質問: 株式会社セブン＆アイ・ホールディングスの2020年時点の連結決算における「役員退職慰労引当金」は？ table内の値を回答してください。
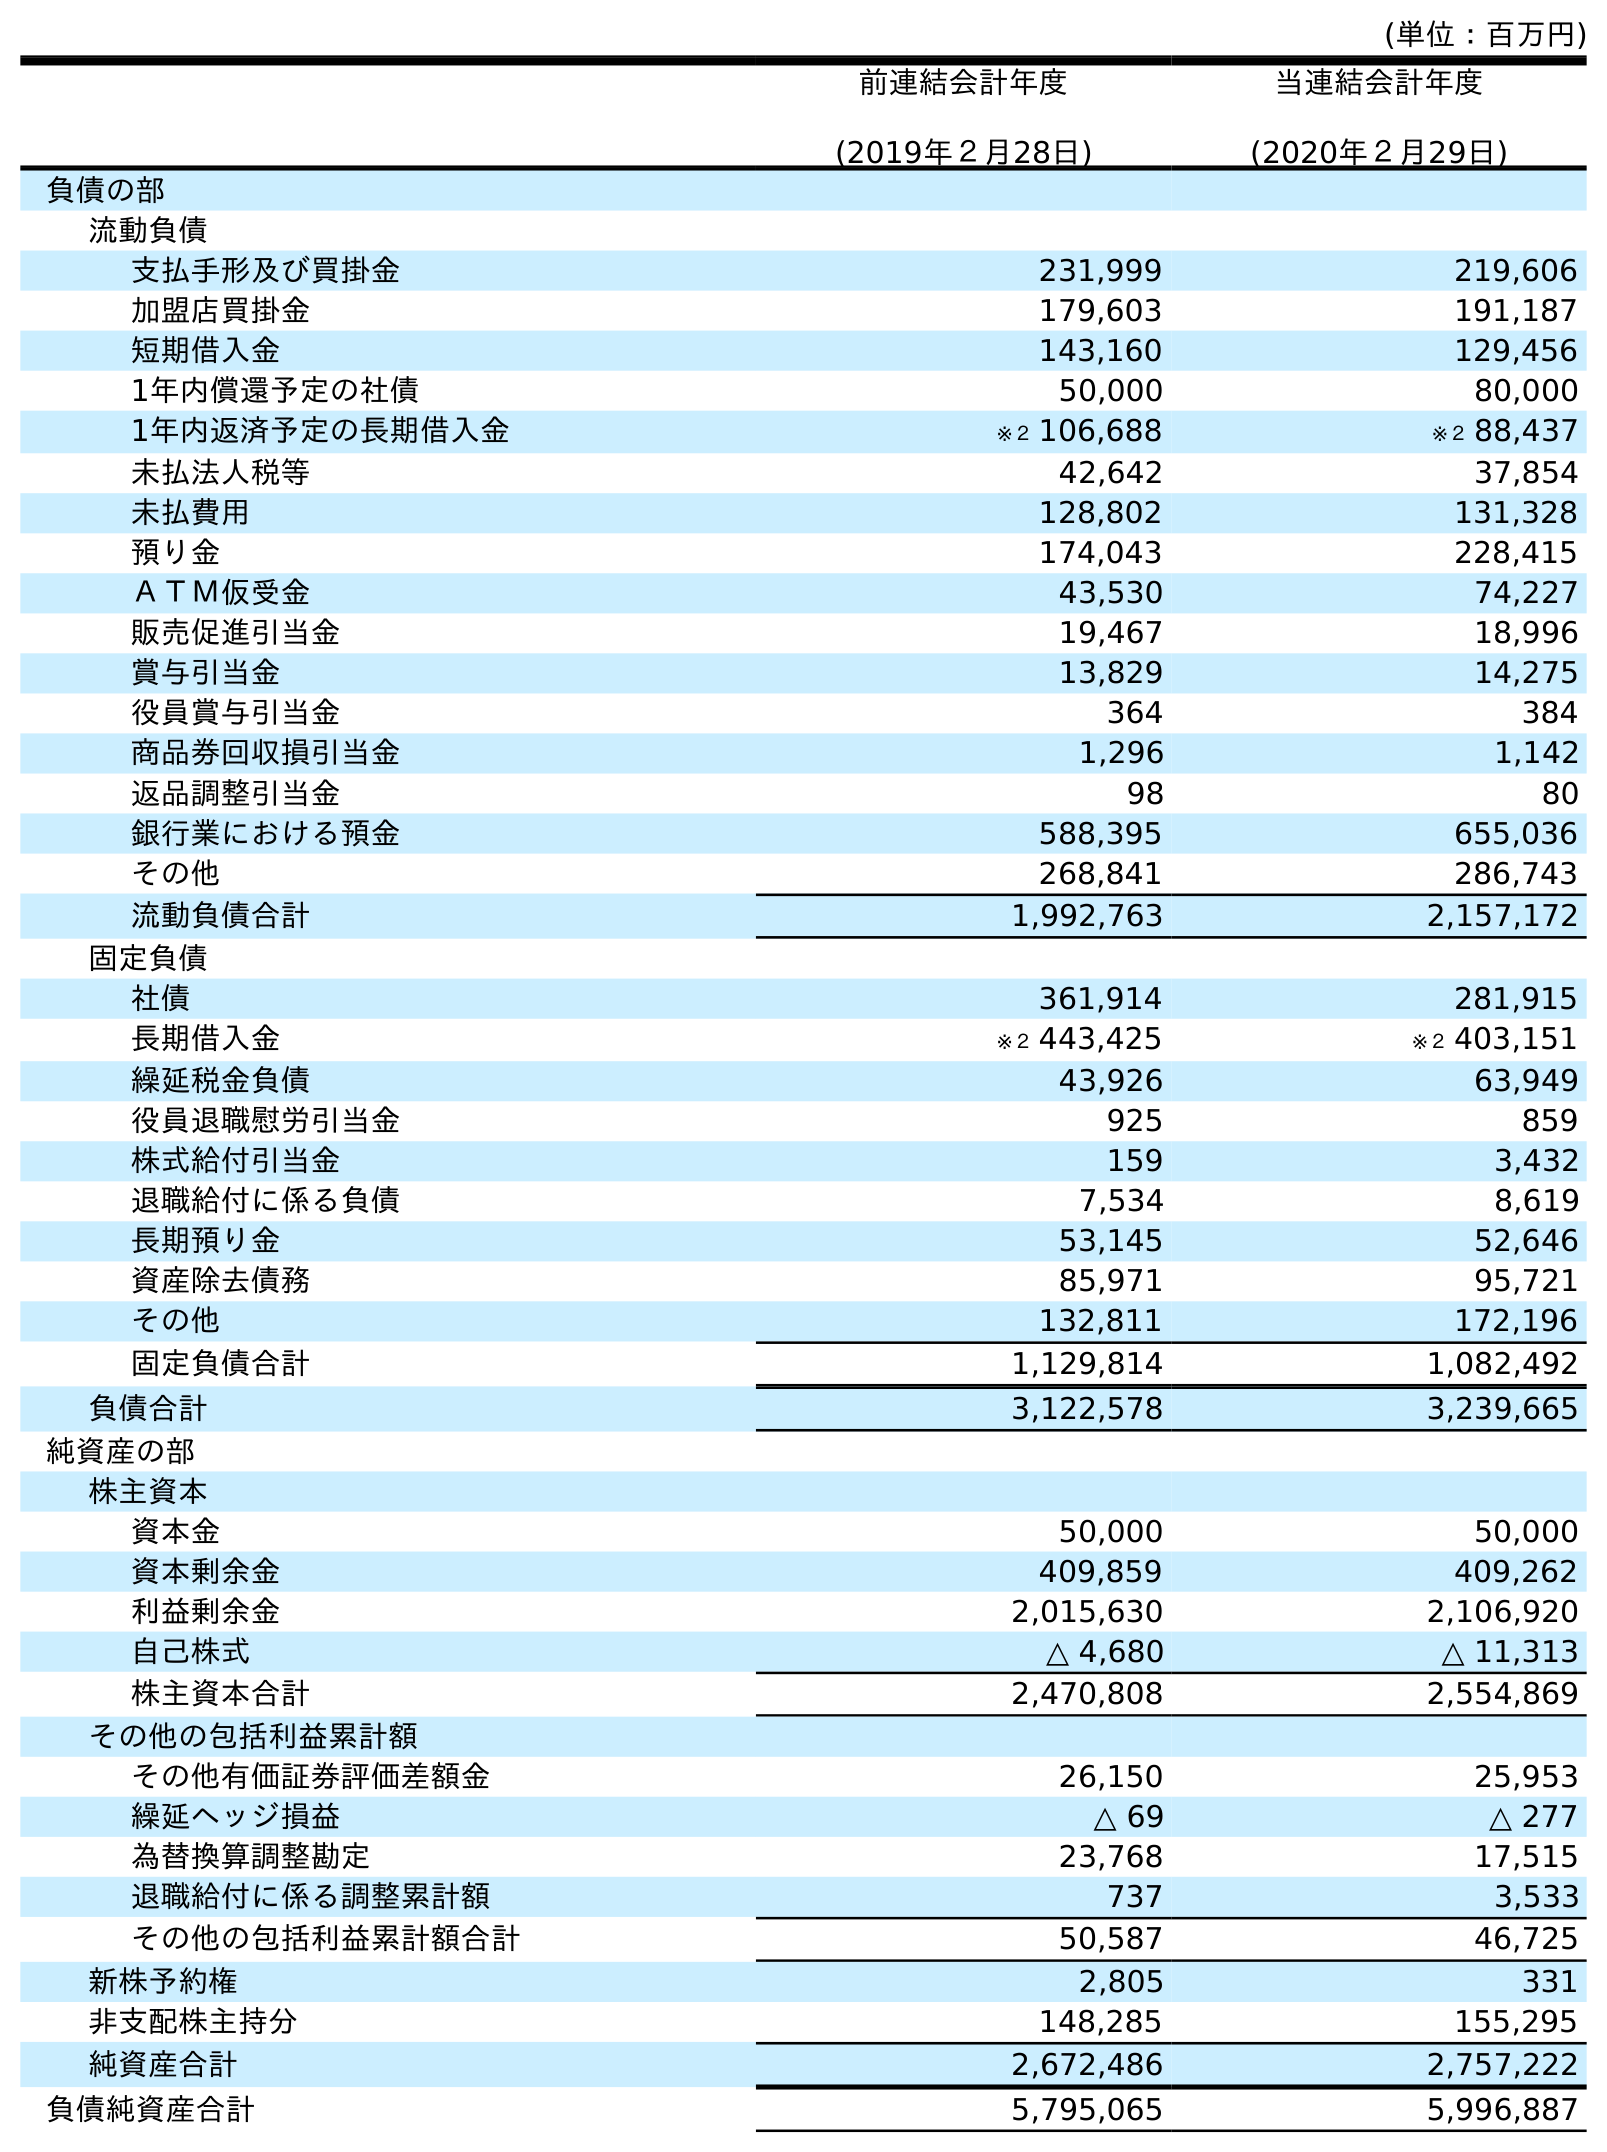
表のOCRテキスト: (単位：百万円) 前連結会計年度 (2019年２月28日) 当連結会計年度 (2020年２月29日) 負債の部 流動負債 支払手形及び買掛金 231,999 219,606 加盟店買掛金 179,603 191,187 短期借入金 143,160 129,456 1年内償還予定の社債 50,000 80,000 1年内返済予定の長期借入金 ※２ 106,688 ※２ 88,437 未払法人税等 42,642 37,854 未払費用 128,802 131,328 預り金 174,043 228,415 ＡＴＭ仮受金 43,530 74,227 販売促進引当金 19,467 18,996 賞与引当金 13,829 14,275 役員賞与引当金 364 384 商品券回収損引当金 1,296 1,142 返品調整引当金 98 80 銀行業における預金 588,395 655,036 その他 268,841 286,743 流動負債合計 1,992,763 2,157,172 固定負債 社債 361,914 281,915 長期借入金 ※２ 443,425 ※２ 403,151 繰延税金負債 43,926 63,949 役員退職慰労引当金 925 859 株式給付引当金 159 3,432 退職給付に係る負債 7,534 8,619 長期預り金 53,145 52,646 資産除去債務 85,971 95,721 その他 132,811 172,196 固定負債合計 1,129,814 1,082,492 負債合計 3,122,578 3,239,665 純資産の部 株主資本 資本金 50,000 50,000 資本剰余金 409,859 409,262 利益剰余金 2,015,630 2,106,920 自己株式 △ 4,680 △ 11,313 株主資本合計 2,470,808 2,554,869 その他の包括利益累計額 その他有価証券評価差額金 26,150 25,953 繰延ヘッジ損益 △ 69 △ 277 為替換算調整勘定 23,768 17,515 退職給付に係る調整累計額 737 3,533 その他の包括利益累計額合計 50,587 46,725 新株予約権 2,805 331 非支配株主持分 148,285 155,295 純資産合計 2,672,486 2,757,222 負債純資産合計 5,795,065 5,996,887
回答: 859